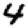
Digit: 4